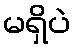
မရှိပဲ